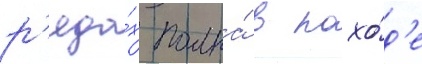
р'яда́х полка́ в похо́д'е